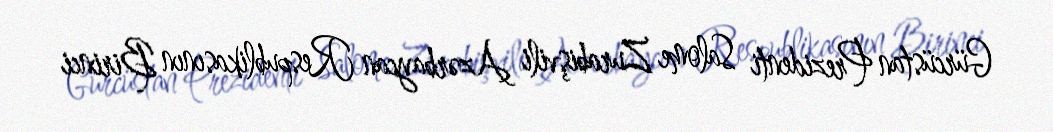
Gürcüstan Prezidenti Salome Zurabişvili Azərbaycan Respublikasının Birinci